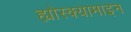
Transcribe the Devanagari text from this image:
ह्योस्क्यामाइन